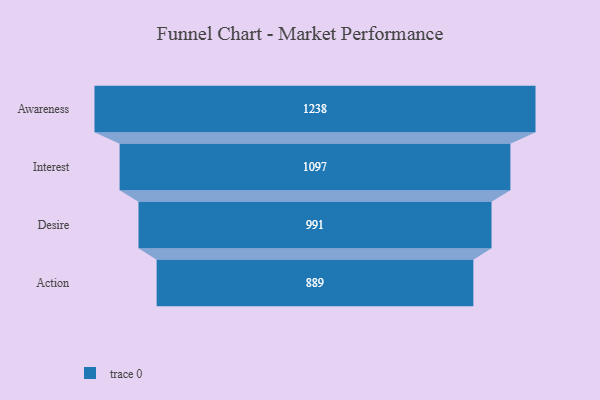
{"axis": {"x": "Stage", "y": "Value"}, "legend": [""], "data": [{"x": "Awareness", "y": 1238.0, "type": ""}, {"x": "Interest", "y": 1097.0, "type": ""}, {"x": "Desire", "y": 991.0, "type": ""}, {"x": "Action", "y": 889.0, "type": ""}]}